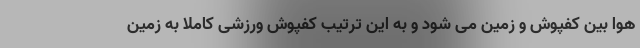
هوا بین کفپوش و زمین می شود و به این ترتیب کفپوش ورزشی کاملاً به زمین